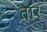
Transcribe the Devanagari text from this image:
तेार